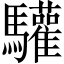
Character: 驩